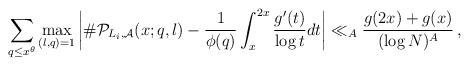
LaTeX: \begin{align*}\sum_{q\leq x^\theta} \max_{(l,q)=1}\left| \#\mathcal{P}_{L_i,\mathcal{A}}(x;q,l)-\frac{1}{\phi(q)} \int_{x}^{2x} \frac{g'(t)}{\log t} dt\right| \ll_A \frac{g(2x)+g(x)}{(\log N)^A}\,,\end{align*}